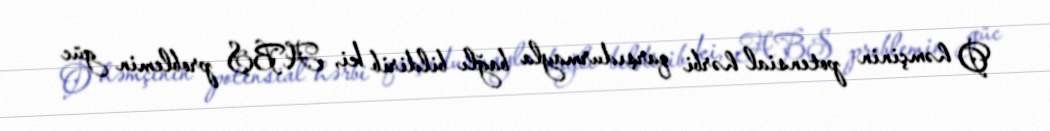
O həmçinin potensial hərbi qarşıdurmayla bağlı bildirib ki, ABŞ problemin güc